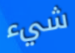
شيء